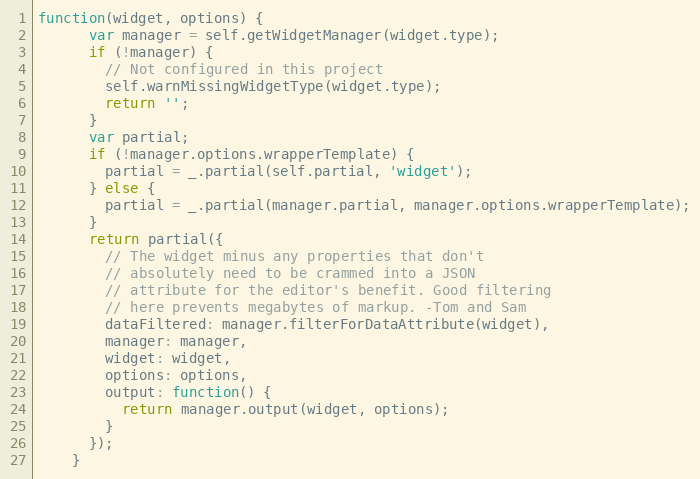
Language: JavaScript
function(widget, options) {
      var manager = self.getWidgetManager(widget.type);
      if (!manager) {
        // Not configured in this project
        self.warnMissingWidgetType(widget.type);
        return '';
      }
      var partial;
      if (!manager.options.wrapperTemplate) {
        partial = _.partial(self.partial, 'widget');
      } else {
        partial = _.partial(manager.partial, manager.options.wrapperTemplate);
      }
      return partial({
        // The widget minus any properties that don't
        // absolutely need to be crammed into a JSON
        // attribute for the editor's benefit. Good filtering
        // here prevents megabytes of markup. -Tom and Sam
        dataFiltered: manager.filterForDataAttribute(widget),
        manager: manager,
        widget: widget,
        options: options,
        output: function() {
          return manager.output(widget, options);
        }
      });
    }